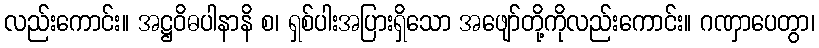
လည်းကောင်း။ အဋ္ဌဝိဓပါနာနိ စ၊ ရှစ်ပါးအပြားရှိသော အဖျော်တို့ကိုလည်းကောင်း။ ဂဏှာပေတွာ၊